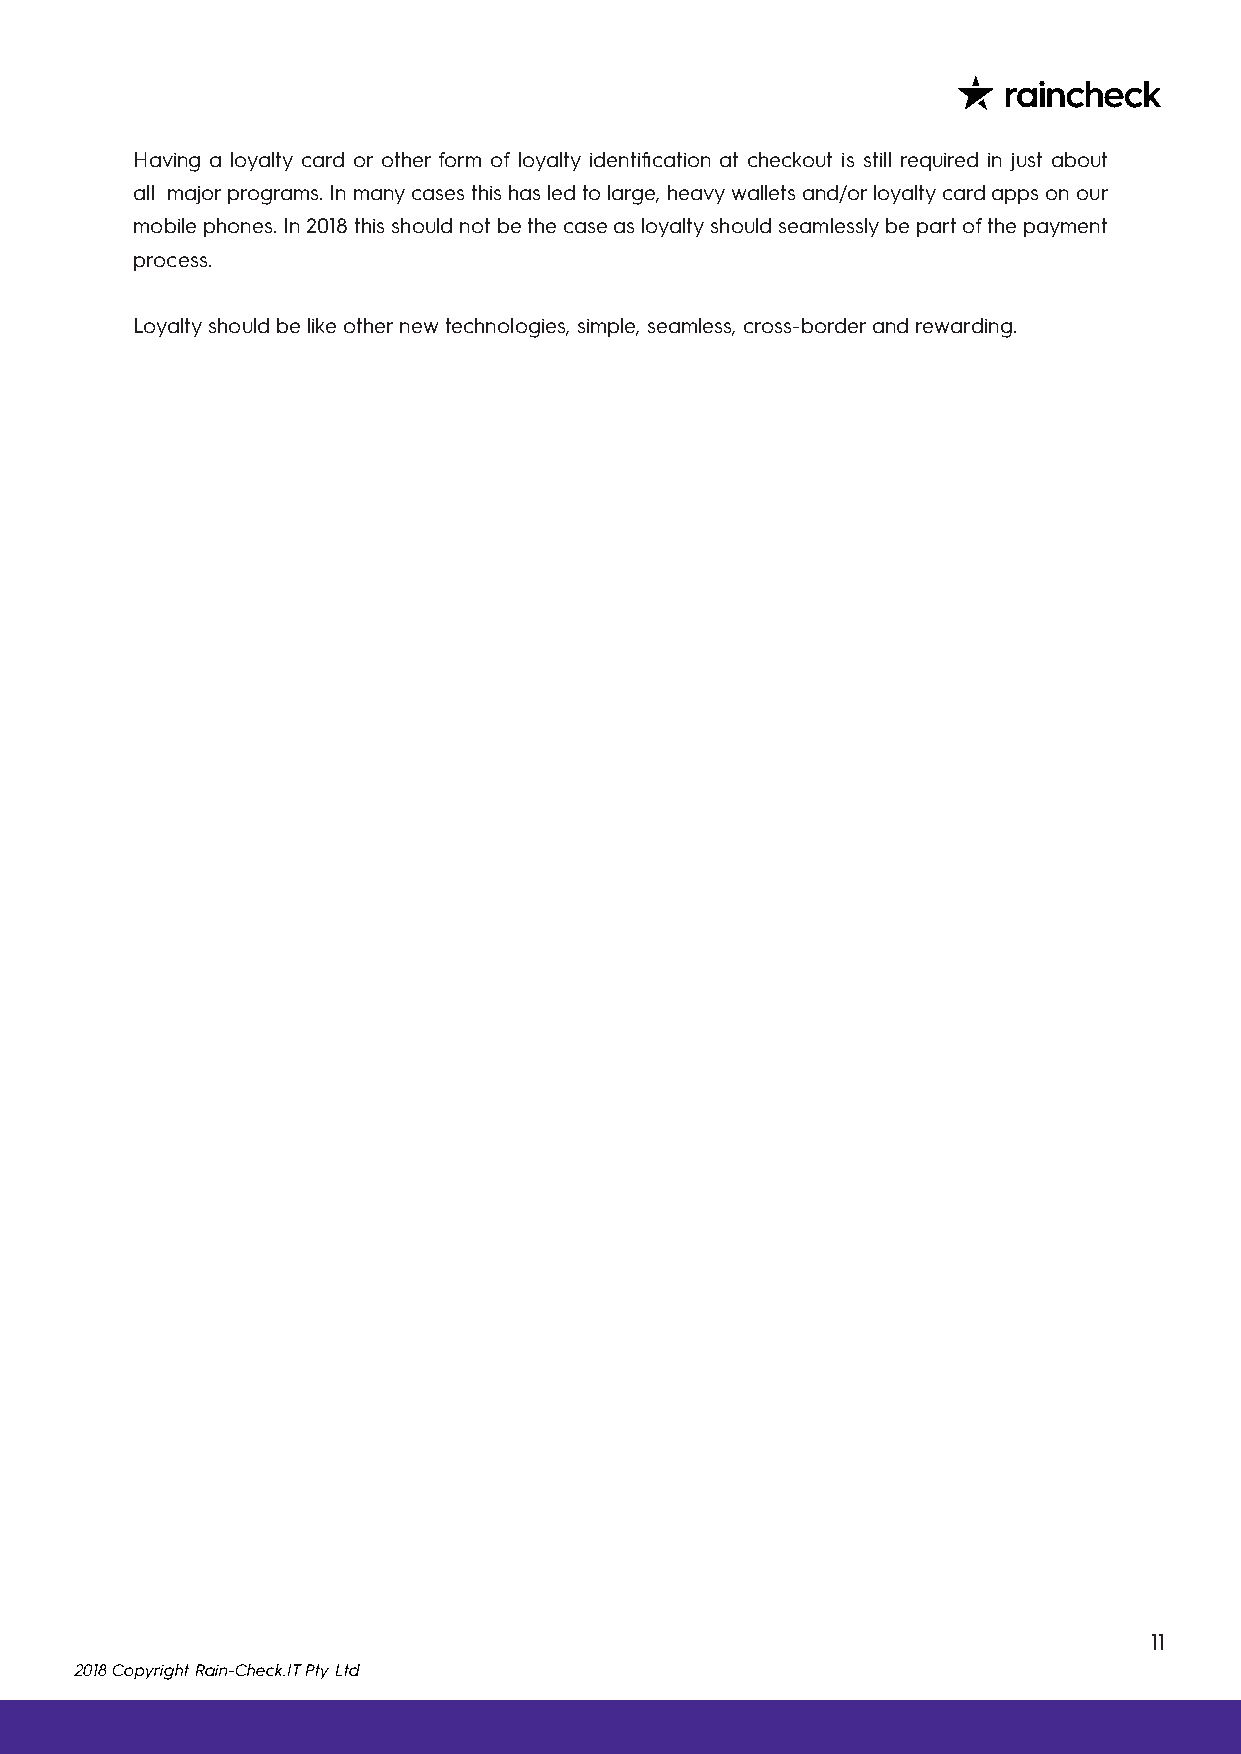
Having a loyalty card or other form of loyalty identification at checkout is still required in just about
 all major programs. In many cases this has led to large, heavy wallets and/or loyalty card apps on our
 mobile phones. In 2018 this should not be the case as loyalty should seamlessly be part of the payment
 process.
 Loyalty should be like other new technologies, simple, seamless, cross-border and rewarding.
 11
 2018 Copyright Rain-Check.IT Pty Ltd